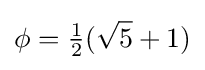
\phi ={\tfrac {1}{2}}({\sqrt {5}}+1)